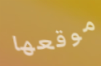
موقعها